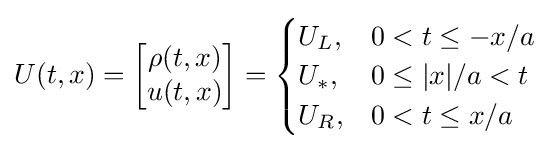
U(t,x)={\begin{bmatrix}\rho (t,x)\\u(t,x)\end{bmatrix}}={\begin{cases}U_{L},&0<t\leq -x/a\\U_{*},&0\leq |x|/a<t\\U_{R},&0<t\leq x/a\end{cases}}